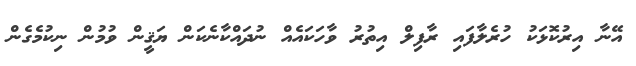
އޭނާ އިރުކޮޅަކު ހުރެލާފައި ރާފިލް އިތުރު ވާހަކައެއް ނުދައްކާނެކަން ޔަޤީން ވުމުން ނިކުމެގެން